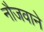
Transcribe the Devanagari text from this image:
नौजवाने